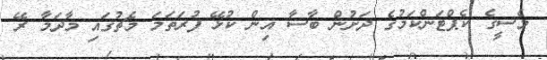
މެސީގެ ކެޕްޓަންކަމުގެ ދަށުން ބާސާ އިން ކުޅޭ ފުރަތަމަ މެޗުގައި މާދަމާ ރޭ